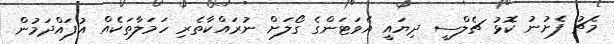
މެޗު ފެށުނު ކޮޅު ޗެލްސީ ދިޔައީ އެވަޓަންގެ ގޯލަށް ނުރައްކާތެރި ހަމަލާތަކެއް އުފައްދަމުން